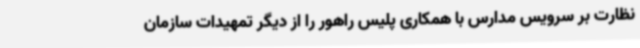
نظارت بر سرویس مدارس با همکاری پلیس راهور را از دیگر تمهیدات سازمان